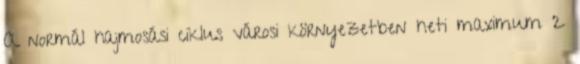
A normál hajmosási ciklus városi környezetben heti maximum 2